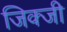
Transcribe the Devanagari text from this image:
जिक्जी